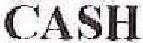
CASH